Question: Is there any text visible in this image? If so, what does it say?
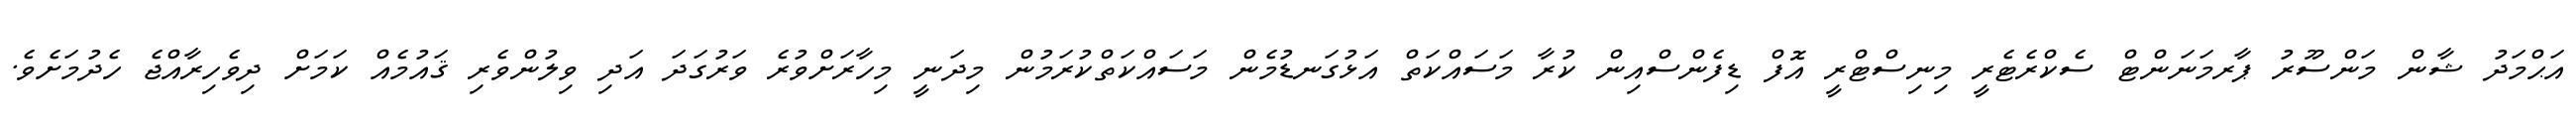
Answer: އަޙްމަދު ޝާން މަންސޫރު ޕާރމަނަންޓް ސެކްރެޓެރީ މިނިސްޓްރީ އޮފް ޑިފެންސްއިން ކުރާ މަސައްކަތް އަޅުގަނޑުމެން މަސައްކަތްކުރަމުން މިދަނީ މިހާރަށްވުރެ ވަރުގަދަ އަދި ވިލުންވެރި ޤައުމެއް ކަމަށް ދިވެހިރާއްޖެ ހެދުމަށެވެ.